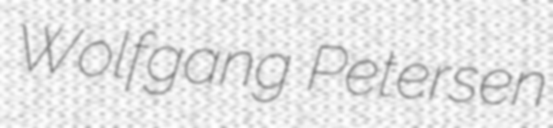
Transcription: Wolfgang Petersen